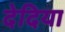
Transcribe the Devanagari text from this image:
देदिया